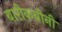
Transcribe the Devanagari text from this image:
बारीकबीनी